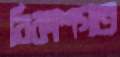
বিকাশগত